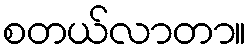
စတယ်လာတာ။